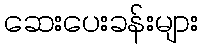
ဆေးပေးခန်းများ